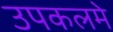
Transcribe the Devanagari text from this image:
उपकलमे